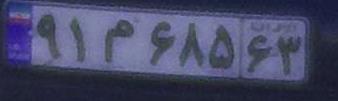
۹۱م۶۸۵۶۳